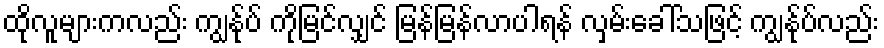
ထိုလူများကလည်း ကျွန်ုပ် ကိုမြင်လျှင် မြန်မြန်လာပါရန် လှမ်းခေါ်သဖြင့် ကျွန်ုပ်လည်း